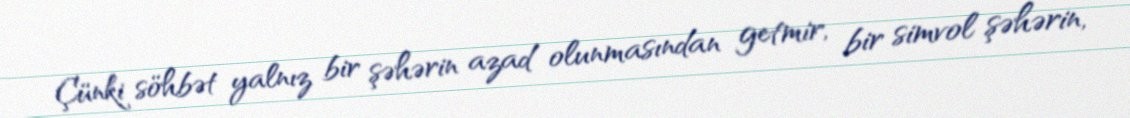
Çünki söhbət yalnız bir şəhərin azad olunmasından getmir, bir simvol şəhərin,